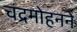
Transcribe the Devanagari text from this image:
चंद्रमोहनने